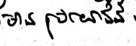
មានប្រយោជន៍